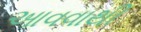
આવવાથી